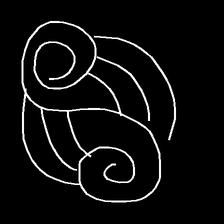
Glyph: wind-underfoot